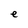
Character: e